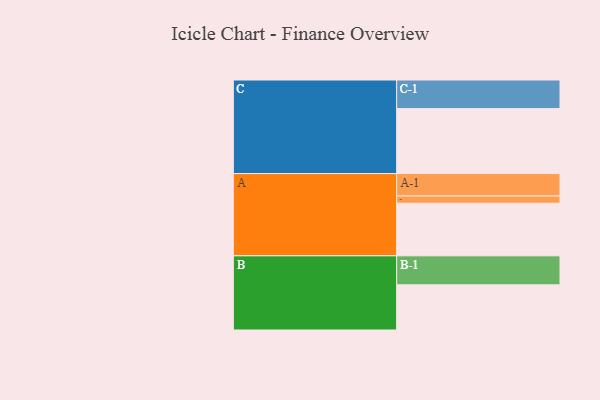
{"axis": {"x": "Segment", "y": "Value"}, "legend": ["", "A", "B", "C"], "data": [{"x": "A", "y": 410, "type": ""}, {"x": "B", "y": 352, "type": ""}, {"x": "C", "y": 506, "type": ""}, {"x": "A-1", "y": 175, "type": "A"}, {"x": "A-2", "y": 56, "type": "A"}, {"x": "B-1", "y": 226, "type": "B"}, {"x": "C-1", "y": 223, "type": "C"}]}